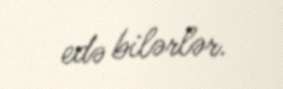
edə bilərlər.